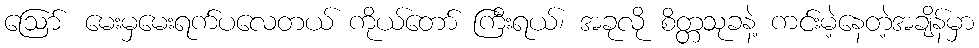
ဪ မေးမှမေးရက်ပလေတယ် ကိုယ်တော် ကြီးရယ်၊ အခုလို စိတ္တသုခနဲ့ ကင်းမဲ့နေတဲ့အချိန်မှာ